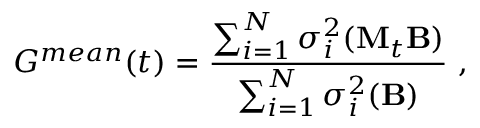
G ^ { m e a n } ( t ) = \frac { \sum _ { i = 1 } ^ { N } \sigma _ { i } ^ { 2 } ( { \bf M } _ { t } { \bf B } ) } { \sum _ { i = 1 } ^ { N } \sigma _ { i } ^ { 2 } ( { \bf B } ) } \mathrm { ~ , ~ }